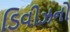
ડિવીઝનો